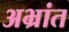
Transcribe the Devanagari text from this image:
अभ्रांत